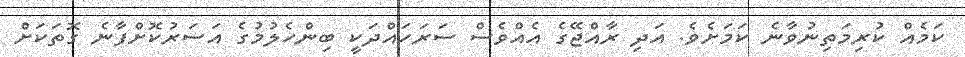
ކަމެއް ކުރިމަތިނުވާނެ ކަމަށެވެ. އަދި ރާއްޖޭގެ އެއްވެސް ސަރަހައްދަކީ ބިންހެލުމުގެ އަސަރުކޮށްފާނެ ގޮތަކަށް